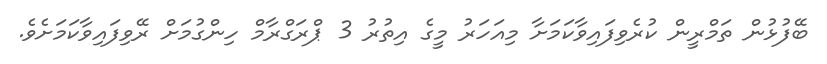
ބޭފުޅުން ތަމްރީން ކުރެވިފައިވާކަމަށާ މިއަހަރު މީގެ އިތުރު 3 ޕްރަގްރާމް ހިންގުމަށް ރޭވިފައިވާކަމަށެވެ.